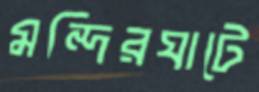
মন্দিরঘাটে